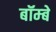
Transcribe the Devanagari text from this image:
बॉम्‍बे